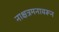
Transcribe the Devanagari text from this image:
नाक्षत्रमनावरून